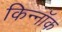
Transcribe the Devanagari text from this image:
किन्नॉक